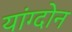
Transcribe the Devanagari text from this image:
यांग्दोन